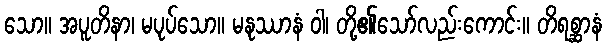
သော။ အပူတိနာ၊ မပုပ်သော။ မနုဿာနံ ဝါ၊ တို့၏သော်လည်းကောင်း။ တိရစ္ဆာနံ